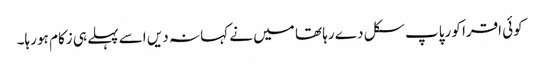
کوئی اقرا کو رپاپ سکل د ے رہا تھا میں نے کہا نہ دیں اسے پہلے ہی زکام ہو رہا۔